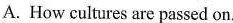
A. How cultures are passed on.